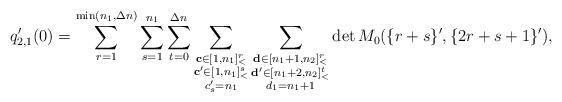
LaTeX: \begin{align*}q_{2,1}'(0)=\sum\limits_{r=1}^{\min(n_1,\Delta n)}\sum\limits_{s=1}^{n_1}\sum\limits_{t=0}^{\Delta n}\sum\limits_{\substack{\mathbf{c}\in [1,n_1]_<^r\\\mathbf{c'}\in [1,n_1]_<^s\\c'_s=n_1}}\sum\limits_{\substack{\mathbf{d}\in [n_1+1,n_2]_<^r\\\mathbf{d'}\in [n_1+2,n_2]_<^t\\d_1=n_1+1}}\det M_0(\{r+s\}',\{2r+s+1\}'),\end{align*}